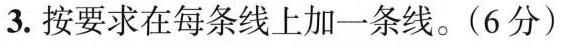
3.按要求在每条线上加一条线。(6分)